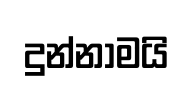
දුන්නාමයි